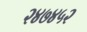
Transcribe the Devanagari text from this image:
२४७४५२